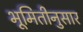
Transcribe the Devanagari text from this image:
भूमितीनुसार